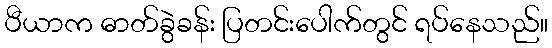
ပီယာက ဓာတ်ခွဲခန်း ပြတင်းပေါက်တွင် ရပ်နေသည်။